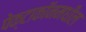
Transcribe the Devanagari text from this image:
पेक्टाकॉनमधील